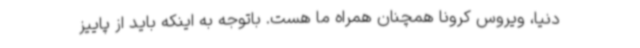
دنیا، ویروس کرونا همچنان همراه ما هست. باتوجه به اینکه باید از پاییز